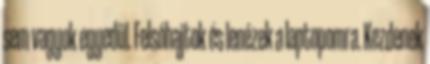
sem vagyok egyedül. Felsóhajtok és lenézek a laptopomra. Kezdenek